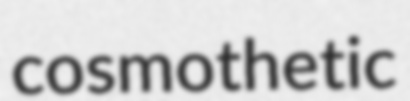
cosmothetic